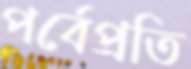
পর্বেপ্রতি